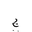
Letter: _gim